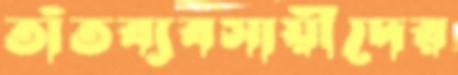
তাঁতব্যবসায়ীদের